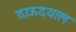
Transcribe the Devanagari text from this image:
दाऊदयाल